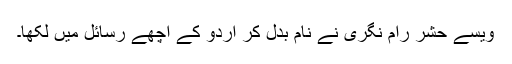
ویسے حشر رام نگری نے نام بدل کر اردو کے اچھے رسائل میں لکھا۔